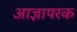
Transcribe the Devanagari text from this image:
आज्ञापरक